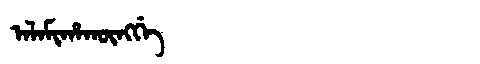
Manchu: ᠠᠯᠠᠮᡳᡥᠠᡴᡡᠩᡤᡝ
Romanization: ALAMIHAKŪNGGE